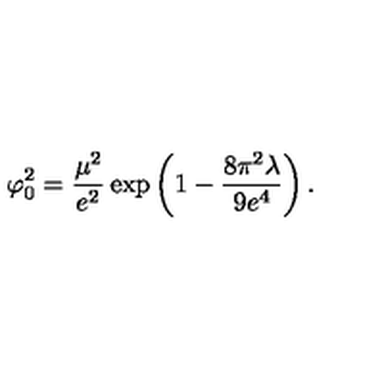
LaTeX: \varphi _ { 0 } ^ { 2 } = { \frac { \mu ^ { 2 } } { e ^ { 2 } } } \exp \left( 1 - { \frac { 8 \pi ^ { 2 } \lambda } { 9 e ^ { 4 } } } \right) .